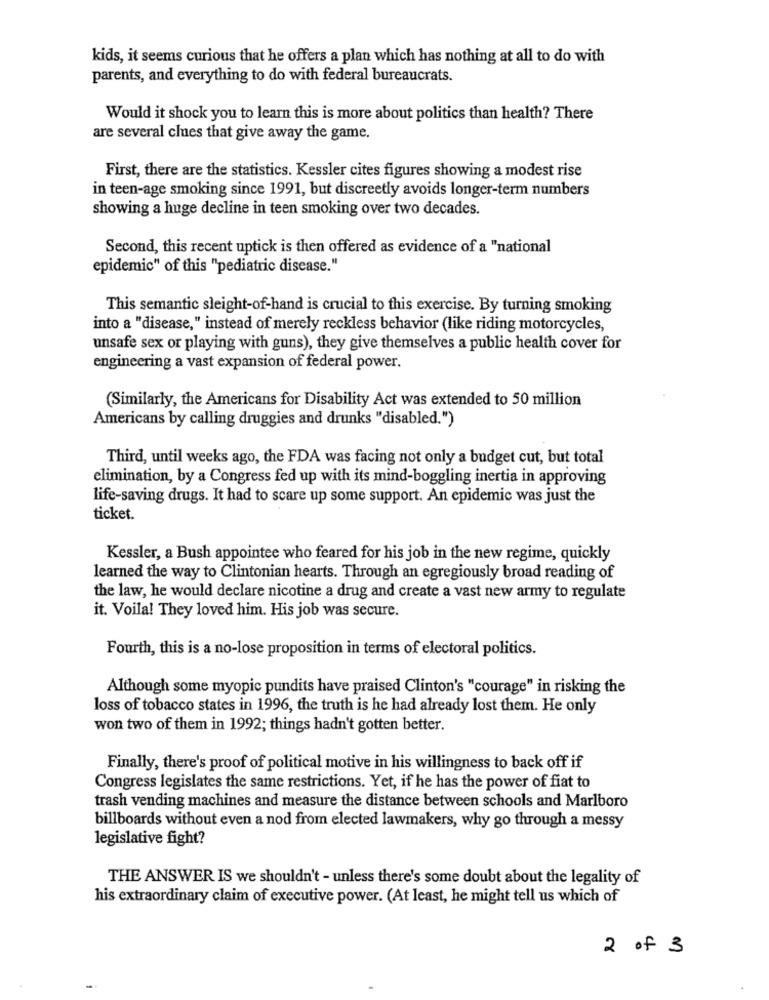
kids, it seems curious that he offers a plan which has nothing at all to do with
parents, and everything to do with federal bureaucrats.
Would it shock you to learn this is more about politics than health? There
are several clues that give away the game.
First, there are the statistics. Kessler cites figures showing a modest rise
in teen-age smoking since 1991, but discreetly avoids longer-term numbers
showing a huge decline in teen smoking over two decades.
Second, this recent uptick is then offered as evidence of a "national
epidemic" of this "pediatric disease."
This semantic sleight-of-hand is crucial to this exercise. By turning smoking
into a "disease," instead of merely reckless behavior (like riding motorcycles,
unsafe sex or playing with guns), they give themselves a public health cover for
engineering a vast expansion of federal power.
(Similarly, the Americans for Disability Act was extended to 50 million
Americans by calling druggies and drunks "disabled.")
Third, until weeks ago, the FDA was facing not only a budget cut, but total
elimination, by a Congress fed up with its mind-boggling inertia in approving
life-saving drugs. It had to scare up some support. An epidemic was just the
ticket.
Kessler, a Bush appointee who feared for his job in the new regime, quickly
learned the way to Clintonian hearts. Through an egregiously broad reading of
the law, he would declare nicotine a drug and create a vast new army to regulate
it. Voila! They loved him. His job was secure.
Fourth, this is a no-lose proposition in terms of electoral politics.
Although some myopic pundits have praised Clinton's "courage" in risking the
loss of tobacco states in 1996, the truth is he had already lost them. He only
won two of them in 1992; things hadn't gotten better.
Finally, there's proof of political motive in his willingness to back off if
Congress legislates the same restrictions. Yet, if he has the power of fiat to
trash vending machines and measure the distance between schools and Marlboro
billboards without even a nod from elected lawmakers, why go through a messy
legislative fight?
THE ANSWER IS we shouldn't - unless there's some doubt about the legality of
his extraordinary claim of executive power. (At least, he might tell us which of
2 of 3